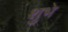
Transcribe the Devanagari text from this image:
शुभे